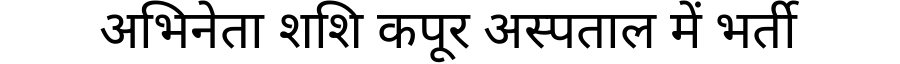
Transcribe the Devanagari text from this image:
अभिनेता शशि कपूर अस्पताल में भर्ती